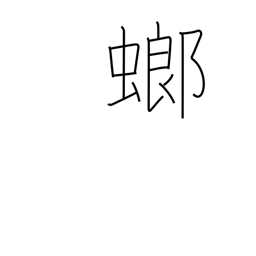
Meaning: mantis